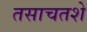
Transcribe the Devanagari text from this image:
तसाचतशे